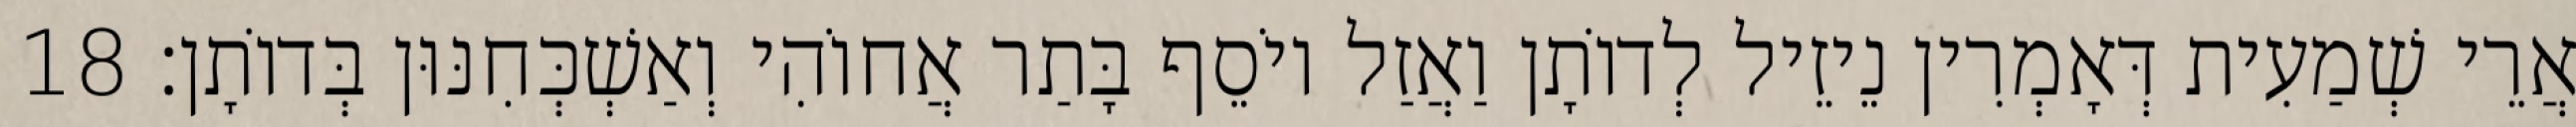
אֲרֵי שְׁמַעִית דְּאָמְרִין נֵיזֵיל לְדוֹתָן וַאֲזַל יוֹסֵף בָּתַר אֲחוֹהִי וְאַשְׁכְּחִנּוּן בְּדוֹתָן׃ 18